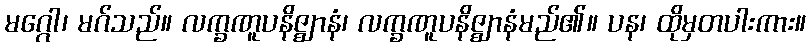
မဂ္ဂေါ၊ မဂ်သည်။ လက္ခဏူပနိဇ္ဈာနံ၊ လက္ခဏူပနိဇ္ဈာနံမည်၏။ ပန၊ ထိုမှတပါးကား။